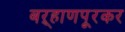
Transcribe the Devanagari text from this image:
बऱ्हाणपूरकर